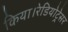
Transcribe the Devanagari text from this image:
किया।रेडियोट्रेसर